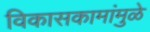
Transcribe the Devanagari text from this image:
विकासकामांमुळे